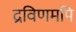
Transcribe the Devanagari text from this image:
द्रविणमपि